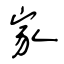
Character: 家